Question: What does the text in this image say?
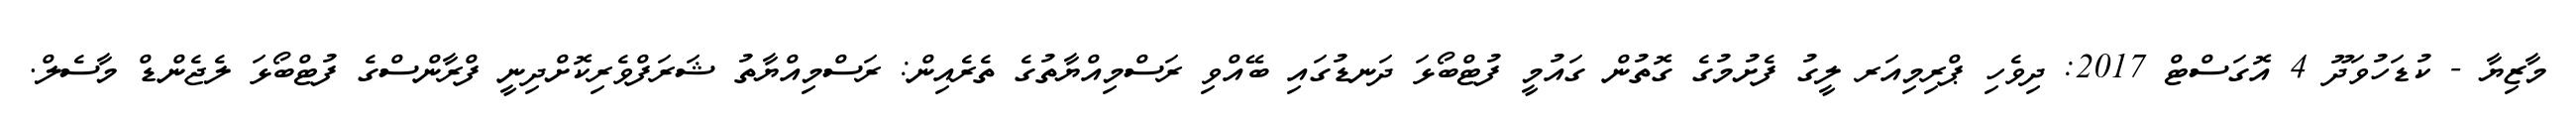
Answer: މާޒިޔާ - ކުޑަހުވަދޫ 4 އޮގަސްޓް 2017: ދިވެހި ޕްރިމިއަރ ލީގު ފެށުމުގެ ގޮތުން ގައުމީ ފުޓްބޯޅަ ދަނޑުގައި ބޭއްވި ރަސްމިއްޔާތުގެ ތެރެއިން: ރަސްމިއްޔާތު ޝަރަފްވެރިކޮށްދިނީ ފްރާންސްގެ ފުޓްބޯޅަ ލެޖެންޑް މާސެލް.